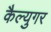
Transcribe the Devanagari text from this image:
कैल्युगर